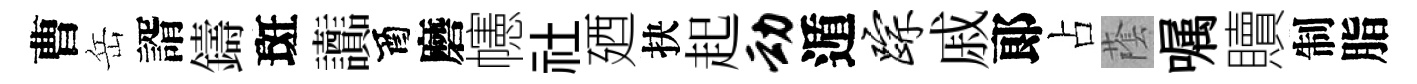
曹岳諝鑄斑讟酉磨幰社廼抉起动遁踪戚郞占䕃嘱贖制脂